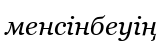
менсінбеуің